Medical and sanitary report of the native army of Bengal for the year
Year: 1874
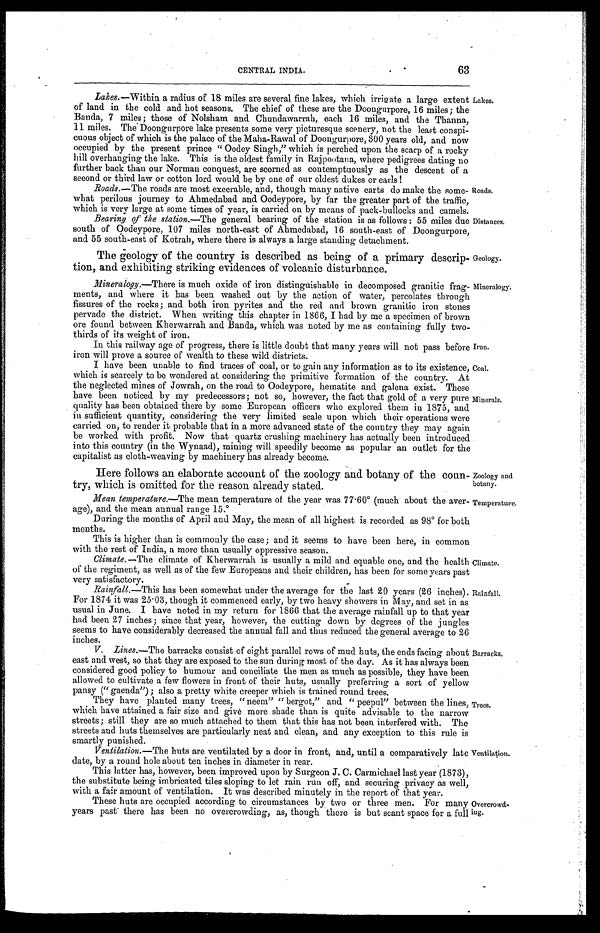
Zoology and
botany.
Temperature.
63
CENTRAL INDIA.
Lakes.—Within a radius of 18 miles are several fine lakes, which irrigate a large extent
of land in the cold and hot seasons. The chief of these are the Doongurpore, 16 miles ; the
Banda, 7 miles ; those of Nolsham and Chundawarrah, each 16 miles, and the Thanna,
11 miles. The Doongurpore lake presents some very picturesque scenery, not the least conspi-
cuous object of which is the palace of the Maha-Rawal of Doongurpore, 300 years old, and now
occupied by the present prince " Oodey Singh," which is perched upon the scarp of a rocky
hill overhanging the lake. This is the oldest family in Rajpootana, where pedigrees dating no
further back than our Norman conquest, are scorned as contemptuously as the descent of a
second or third law or cotton lord would be by one of our oldest dukes or earls !
Roads.— The roads are most execrable, and, though many native carts do make the some-
what perilous journey to Ahmedabad and Oodeypore, by far the greater part of the traffic,
which is very large at some times of year, is carried on by means of pack-bullocks and camels.
Bearing of the station.—T h e
g e n e r a l b e a r i n g o f t h e s t a t i o n i s a s f o l l o w s : 5 5 m i l e s d u e
south of Oodeypore, 107 miles north-east of Ahmedabad, 16 south-east of Doongurpore,
and 55 south-east of Kotrah, where there is always a large standing detachment.
The geology of the country is described as being of a primary descrip-
tion, and exhibiting striking evidences of volcanic disturbance.
Lakes.
Roads.
Distances.
Geology.
Mineralogy.— There is much oxide of iron distinguishable in decomposed granitic frag-
ments, and where it has been washed out by the action of water, percolates through
fissures of the rocks ; and both iron pyrites and the red and brown granitic iron stones
pervade the district. When writing this chapter in 1866, I had by me a specimen of brown
ore found between Kherwarrah and Banda, which was noted by me as containing fully two-
thirds of its weight of iron.
In this railway age of progress, there is little doubt that many years will not pass before
iron will prove a source of wealth to these wild districts.
Mineralogy.
Iron.
I have been unable to find traces of coal, or to gain any information as to its existence,
which is scarcely to be wondered at considering the primitive formation of the country. At
the neglected mines of Jowrah, on the road to Oodeypore, hematite and galena exist. These
have been noticed by my predecessors ; not so, however, the fact that gold of a very pure
quality has been obtained there by some European officers who explored them in 1875, and
in sufficient quantity, considering the very limited scale upon which their operations were
carried on, to render it probable that in a more advanced state of the country they may again
be worked with profit. Now that quartz crushing machinery has actually been introduced
into this country (in the Wynaad), mining will speedily become as popular an outlet for the
capitalist as cloth-weaving by machinery has already become.
Coal.
Minerals.
Here follows an elaborate account of the zoology and botany of the coun-
try, which is omitted for the reason already stated.
Mean temperature.—The mean temperature of the year was 77 . 60˚ (much about the aver
age), and the mean annual range 15.D
uring the months of April and May, the mean of all highest is recorded as 98˚ for both
months.
This is higher than is commonly the case ; and it seems to have been here, in common
with the rest of India, a more than usually oppressive season.
Climate.—
The climate of Kherwarrah is usually a mild and equable one, and the health
of the regiment, as well as of the few Europeans and their children, has been for some years past
very satisfactory.
Climate.
Rainfall.—This has been somewhat under the average for the last 20 years (26 inches).
For 1874 it was 25 . 03, though it commenced early, by two heavy showers in May, and set in as
usual in June. I have noted in my return for 1866 that the average rainfall up to that year
had been 27 inches ; since that year, however, the cutting down by degrees of the jungles
seems to have considerably decreased the annual fall and thus reduced the general average to 26
inches.
V. Lines.—The barracks consist of eight parallel rows of mud huts, the ends facing about
east and west, so that they are exposed to the sun during most of the day. As it has always been
considered good policy to humour and conciliate the men as much as possible, they have been
allowed to cultivate a few flowers in front of their huts, usually preferring a sort of yellow
pansy (" gaenda") ; also a pretty white creeper which is trained round trees.
They have planted many trees, "neem" " bergot," and " peepul" between the lines,
which have attained a fair size and give more shade than is quite advisable to the narrow
streets ; still they are so much attached to them that this has not been interfered with. The
streets and huts themselves are particularly neat and clean, and any exception to this rule is
smartly punished.
Ventilation.— The huts are ventilated by a door in front, and, until a comparatively late
date, by a round hole about ten inches in diameter in rear.
Rainfall.
Barracks.
Trees.
Ventilation.
This latter has, however, been improved upon by Surgeon J. C. Carmichael last year (1873),
the substitute being imbricated tiles sloping to let rain run off, and securing privacy as well,
with a fair amount of ventilation. It was described minutely in the report of that year.
These huts are occupied according to circumstances by two or three men. For many
years past there has been no overcrowding, as, though there is but scant space for a full
Overcrowd-
ing.